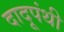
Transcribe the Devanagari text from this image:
दादूपंथी